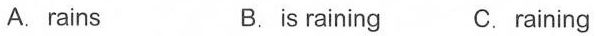
A. rains B. is raining C. raining